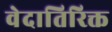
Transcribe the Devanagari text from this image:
वेदातिरिक्त